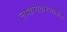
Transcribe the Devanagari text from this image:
लष्करीकरणातील